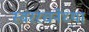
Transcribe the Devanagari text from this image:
स्वररचनेच्या